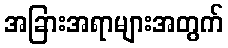
အခြားအရာများအတွက်